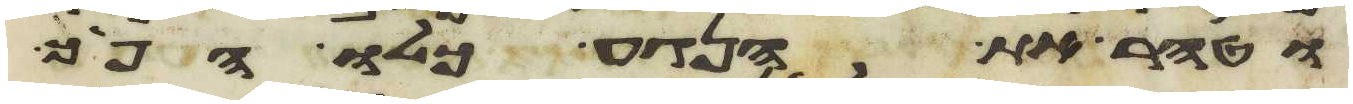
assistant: וטהר את הנגע כלו הפך